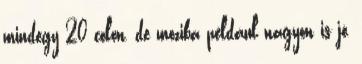
mindegy 20 colon, de moziba például nagyon is jó,